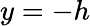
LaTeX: y=-h